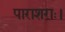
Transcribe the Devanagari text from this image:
पाराशराः।